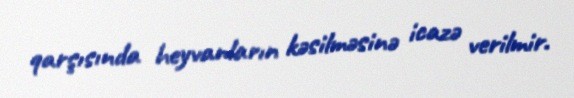
qarşısında heyvanların kəsilməsinə icazə verilmir.